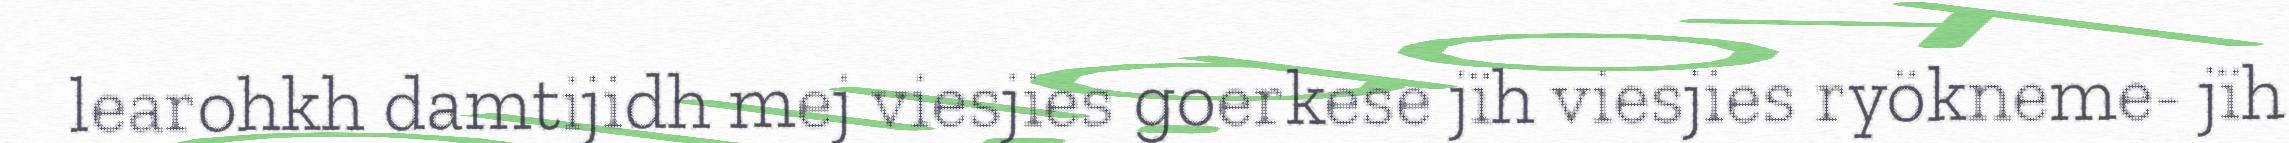
learohkh damtijidh mej viesjies goerkese jïh viesjies ryökneme- jïh